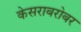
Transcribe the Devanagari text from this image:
केसराबरोबर